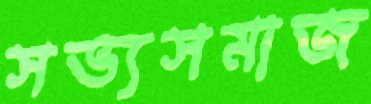
সভ্যসমাজ